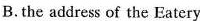
B.the address of the Eatery